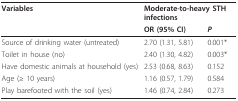
<table><thead><tr><td><b>Variables</b></td><td colspan="2"><b>Moderate-to-heavy STH infections</b></td></tr><tr><td></td><td><b>OR (95% CI)</b></td><td><b><i>P</i></b></td></tr></thead><tbody><tr><td>Source of drinking water (untreated)</td><td>2.70 (1.31, 5.81)</td><td>0.001*</td></tr><tr><td>Toilet in house (no)</td><td>2.40 (1.30, 4.82)</td><td>0.003*</td></tr><tr><td>Have domestic animals at household (yes)</td><td>2.53 (0.68, 8.63)</td><td>0.152</td></tr><tr><td>Age (≥ 10 years)</td><td>1.16 (0.57, 1.79)</td><td>0.584</td></tr><tr><td>Play barefooted with the soil (yes)</td><td>1.46 (0.74, 2.84)</td><td>0.273</td></tr></tbody></table>